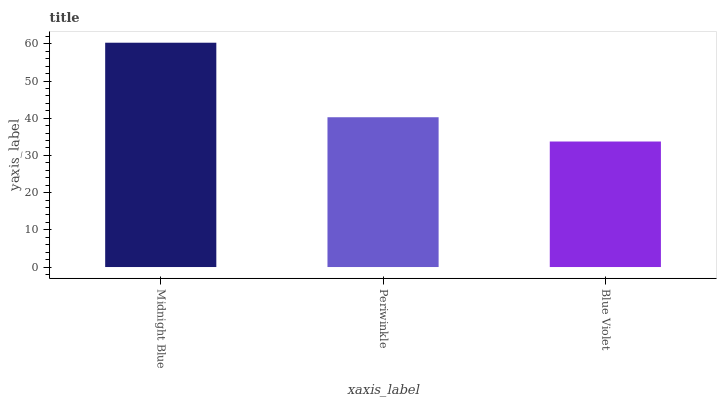
| xaxis_label | bars |
 | --- | --- |
 | Midnight Blue | 60.3 |
 | Periwinkle | 40.3 |
 | Blue Violet | 33.7 |